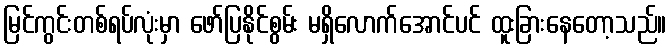
မြင်ကွင်းတစ်ရပ်လုံးမှာ ဖော်ပြနိုင်စွမ်း မရှိလောက်အောင်ပင် ထူးခြားနေတော့သည်။